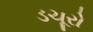
ડચૂરો